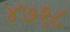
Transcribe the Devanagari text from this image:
४७१८